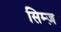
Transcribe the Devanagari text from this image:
सिम्ज़